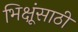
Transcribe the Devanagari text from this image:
भिक्षूंसाठी